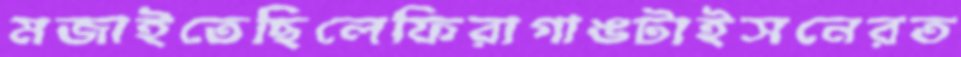
মজাইতেছিলেফিরাগাঙটাইসনেরত